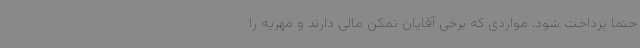
حتما پرداخت شود. مواردی که برخی آقایان تمکن مالی دارند و مهریه را